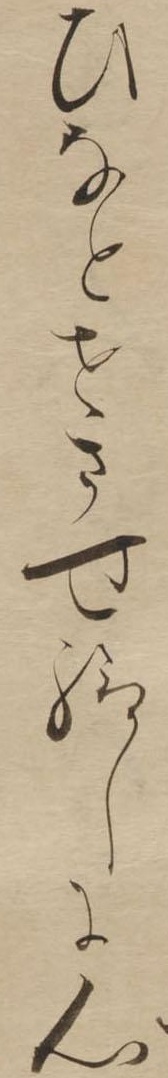
ひなとせさせ給しに心